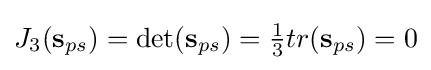
{{J}_{3}}({\mathbf {s} _{ps}})=\det({\mathbf {s} _{ps}})={\tfrac {1}{3}}tr({\mathbf {s} _{ps}})=0